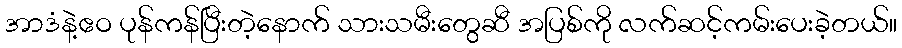
အာဒံနဲ့ဧဝ ပုန်ကန်ပြီးတဲ့နောက် သားသမီးတွေဆီ အပြစ်ကို လက်ဆင့်ကမ်းပေးခဲ့တယ်။